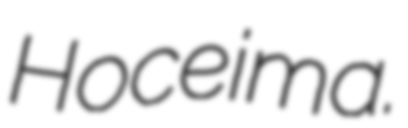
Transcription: Hoceima.